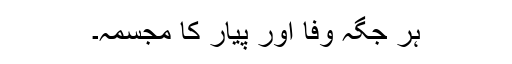
ہر جگہ وفا اور پیار کا مجسمہ۔